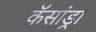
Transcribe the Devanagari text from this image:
कॅसांड्रा